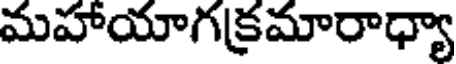
మహాయాగక్రమారాధ్యా